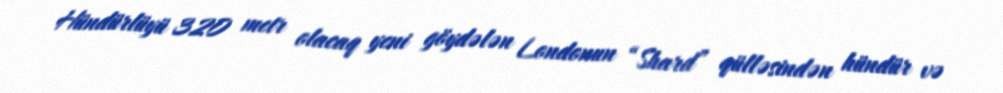
Hündürlüyü 320 metr olacaq yeni göydələn Londonun “Shard” qülləsindən hündür və